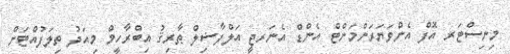
މިނިސްޓަރ އޮފް އެންވަޔަރަންމަންޓް އެންޑް އެނަރޖީ އަލްފާޟިލް ޠާރިޤު އިބްރާހީމް މިއަދު ތިލަފުއްޓަށް